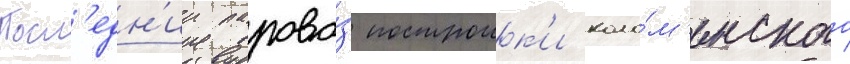
Посл'едн'ии парово́з построик'и коло́м'енского